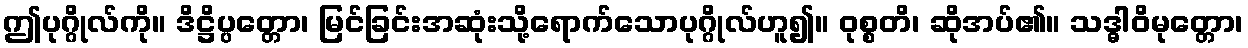
ဤပုဂ္ဂိုလ်ကို။ ဒိဋ္ဌိပ္ပတ္တော၊ မြင်ခြင်းအဆုံးသို့ရောက်သောပုဂ္ဂိုလ်ဟူ၍။ ဝုစ္စတိ၊ ဆိုအပ်၏။ သဒ္ဓါဝိမုတ္တော၊